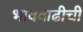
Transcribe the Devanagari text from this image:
भाववाढीची